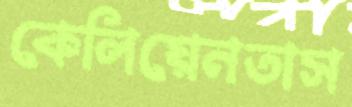
কেলিয়েনতাস